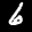
Label: 6